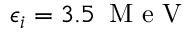
\epsilon _ { i } = 3 . 5 \, \mathrm { ~ M ~ e ~ V ~ }